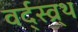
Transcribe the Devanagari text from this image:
वर्द्स्व्र्थ